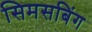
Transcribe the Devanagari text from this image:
सिमसबिंग